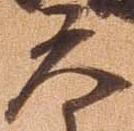
元